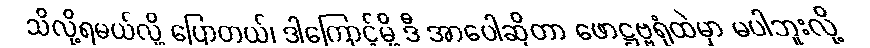
သိလို့ရမယ်လို့ ပြောတယ်၊ ဒါကြောင့်မို့ ဒီ အာပေါဆိုတာ ဖောဋ္ဌဗ္ဗရုံထဲမှာ မပါဘူးလို့